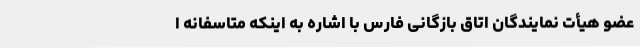
عضو هیأت نمایندگان اتاق بازگانی فارس با اشاره به اینکه متاسفانه ا